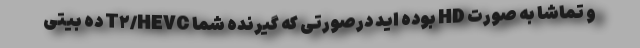
و تماشا به صورت HD بوده اید درصورتی که گیرنده شما T۲/HEVC ده بیتی